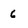
Character: 6